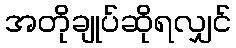
အတိုချုပ်ဆိုရလျှင်